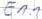
Text: E1.1